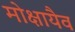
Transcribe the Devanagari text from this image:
मोक्षायैव